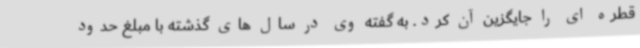
قطره ای را جایگزین آن کرد. به گفته وی در سال های گذشته با مبلغ حدود